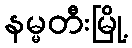
နမ္မတီးမြို့